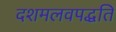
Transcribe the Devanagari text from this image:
दशमलवपद्धति